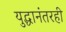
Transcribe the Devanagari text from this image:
युद्धानंतरही